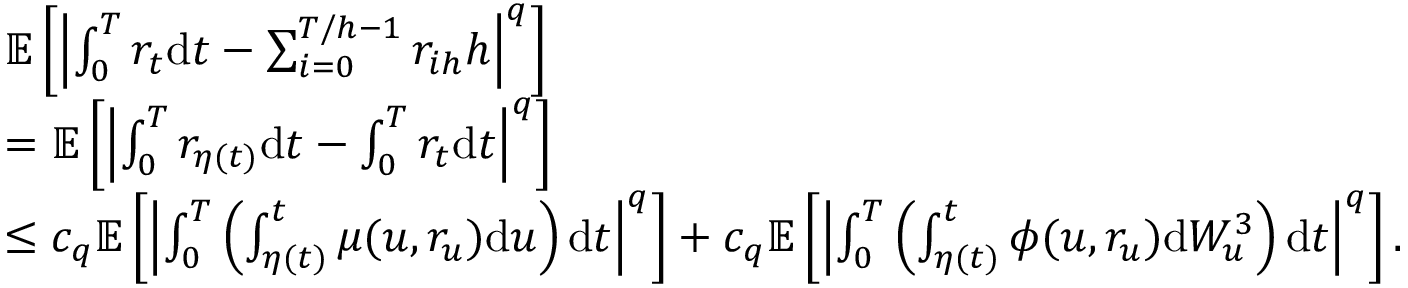
\begin{array} { r l } & { \mathbb { E } \left[ \left| \int _ { 0 } ^ { T } r _ { t } \mathrm { d } t - \sum _ { i = 0 } ^ { T / h - 1 } r _ { i h } h \right| ^ { q } \right] } \\ & { = \mathbb { E } \left[ \left| \int _ { 0 } ^ { T } r _ { \eta ( t ) } \mathrm { d } t - \int _ { 0 } ^ { T } r _ { t } \mathrm { d } t \right| ^ { q } \right] } \\ & { \leq c _ { q } \mathbb { E } \left[ \left| \int _ { 0 } ^ { T } \left( \int _ { \eta ( t ) } ^ { t } \mu ( u , r _ { u } ) \mathrm { d } u \right) \mathrm { d } t \right| ^ { q } \right] + c _ { q } \mathbb { E } \left[ \left| \int _ { 0 } ^ { T } \left( \int _ { \eta ( t ) } ^ { t } \phi ( u , r _ { u } ) \mathrm { d } W _ { u } ^ { 3 } \right) \mathrm { d } t \right| ^ { q } \right] . } \end{array}